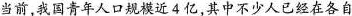
当前，我国青年人口规模近4亿，其中不少人已经在各自